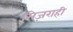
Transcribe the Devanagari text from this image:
मिज़राही